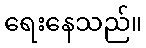
ရေးနေသည်။